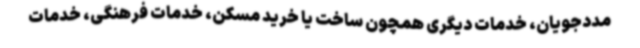
مددجویان، خدمات دیگری همچون ساخت یا خرید مسکن، خدمات فرهنگی، خدمات